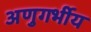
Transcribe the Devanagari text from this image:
अणुगर्भीय